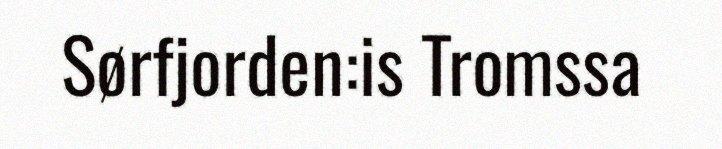
Sørfjorden:is Tromssa